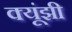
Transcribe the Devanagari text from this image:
क्यूंझी